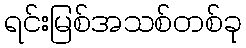
ရင်းမြစ်အသစ်တစ်ခု